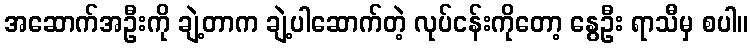
အဆောက်အဦးကို ချဲ့တာက ချဲ့ပါဆောက်တဲ့ လုပ်ငန်းကိုတော့ နွေဦး ရာသီမှ စပါ။